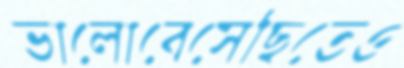
ভালোবেসেছিতেও